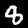
Label: 8